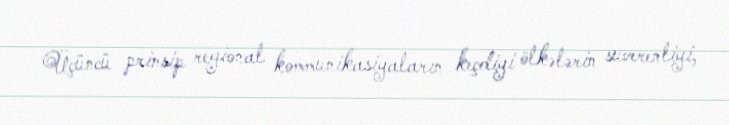
Üçüncü prinsip regional kommunikasiyaların keçdiyi ölkələrin suverenliyi,